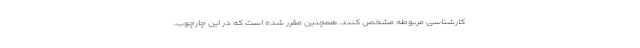
کارشناسی مربوطه مشخص کنند. همچنین مقرر شده است که در این چارچوب،